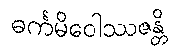
ဓင်္ကမိဝေါဿဇန္တိ